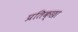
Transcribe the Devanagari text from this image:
प्रतिक्छा